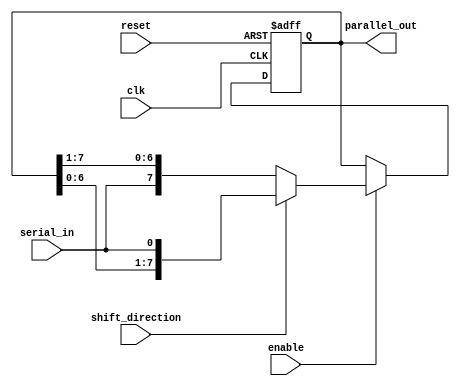
module sipo_shift_register (
    input wire clk,
    input wire reset,
    input wire enable,
    input wire shift_direction,
    input wire serial_in,
    output reg [7:0] parallel_out
);

reg [7:0] shift_register;

always @(posedge clk or posedge reset) begin
    if (reset) begin
        shift_register <= 8'b0;
    end else if (enable) begin
        if (shift_direction) begin
            shift_register <= {shift_register[6:0], serial_in};
        end else begin
            shift_register <= {serial_in, shift_register[7:1]};
        end
    end
end

assign parallel_out = shift_register;

endmodule